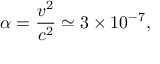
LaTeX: \alpha = \frac { v ^ { 2 } } { c ^ { 2 } } \simeq 3 \times 1 0 ^ { - 7 } ,